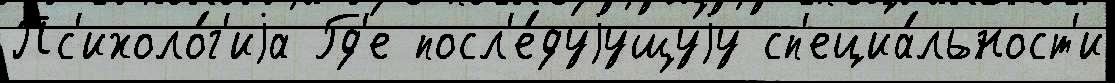
Пс'ихоло́г'иjа Гд'е посл'е́дуjущуjу сп'ециа́льност'и